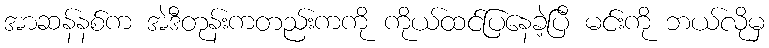
အာဆန်နစ်က အဲဒီတုန်းကတည်းကကို ကိုယ်ထင်ပြနေခဲ့ပြီ မင်းကို ဘယ်လိုမှ